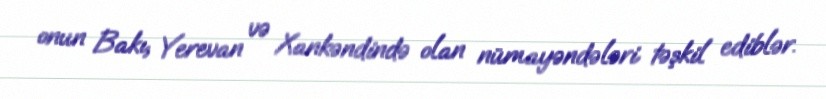
onun Bakı, Yerevan və Xankəndində olan nümayəndələri təşkil ediblər.